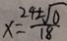
x = \frac { 2 4 \pm \sqrt { 0 } } { 1 8 }